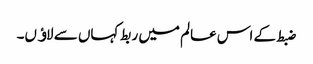
ضبط کے اس عالم میں ربط کہاں سے لاﺅں۔